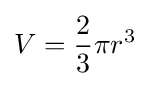
V={\frac {2}{3}}\pi r^{3}